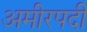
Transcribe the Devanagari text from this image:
अमीरपदी